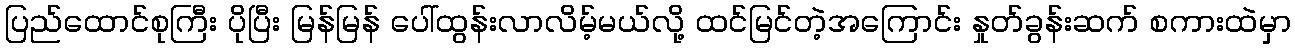
ပြည်ထောင်စုကြီး ပိုပြီး မြန်မြန် ပေါ်ထွန်းလာလိမ့်မယ်လို့ ထင်မြင်တဲ့အကြောင်း နှုတ်ခွန်းဆက် စကားထဲမှာ